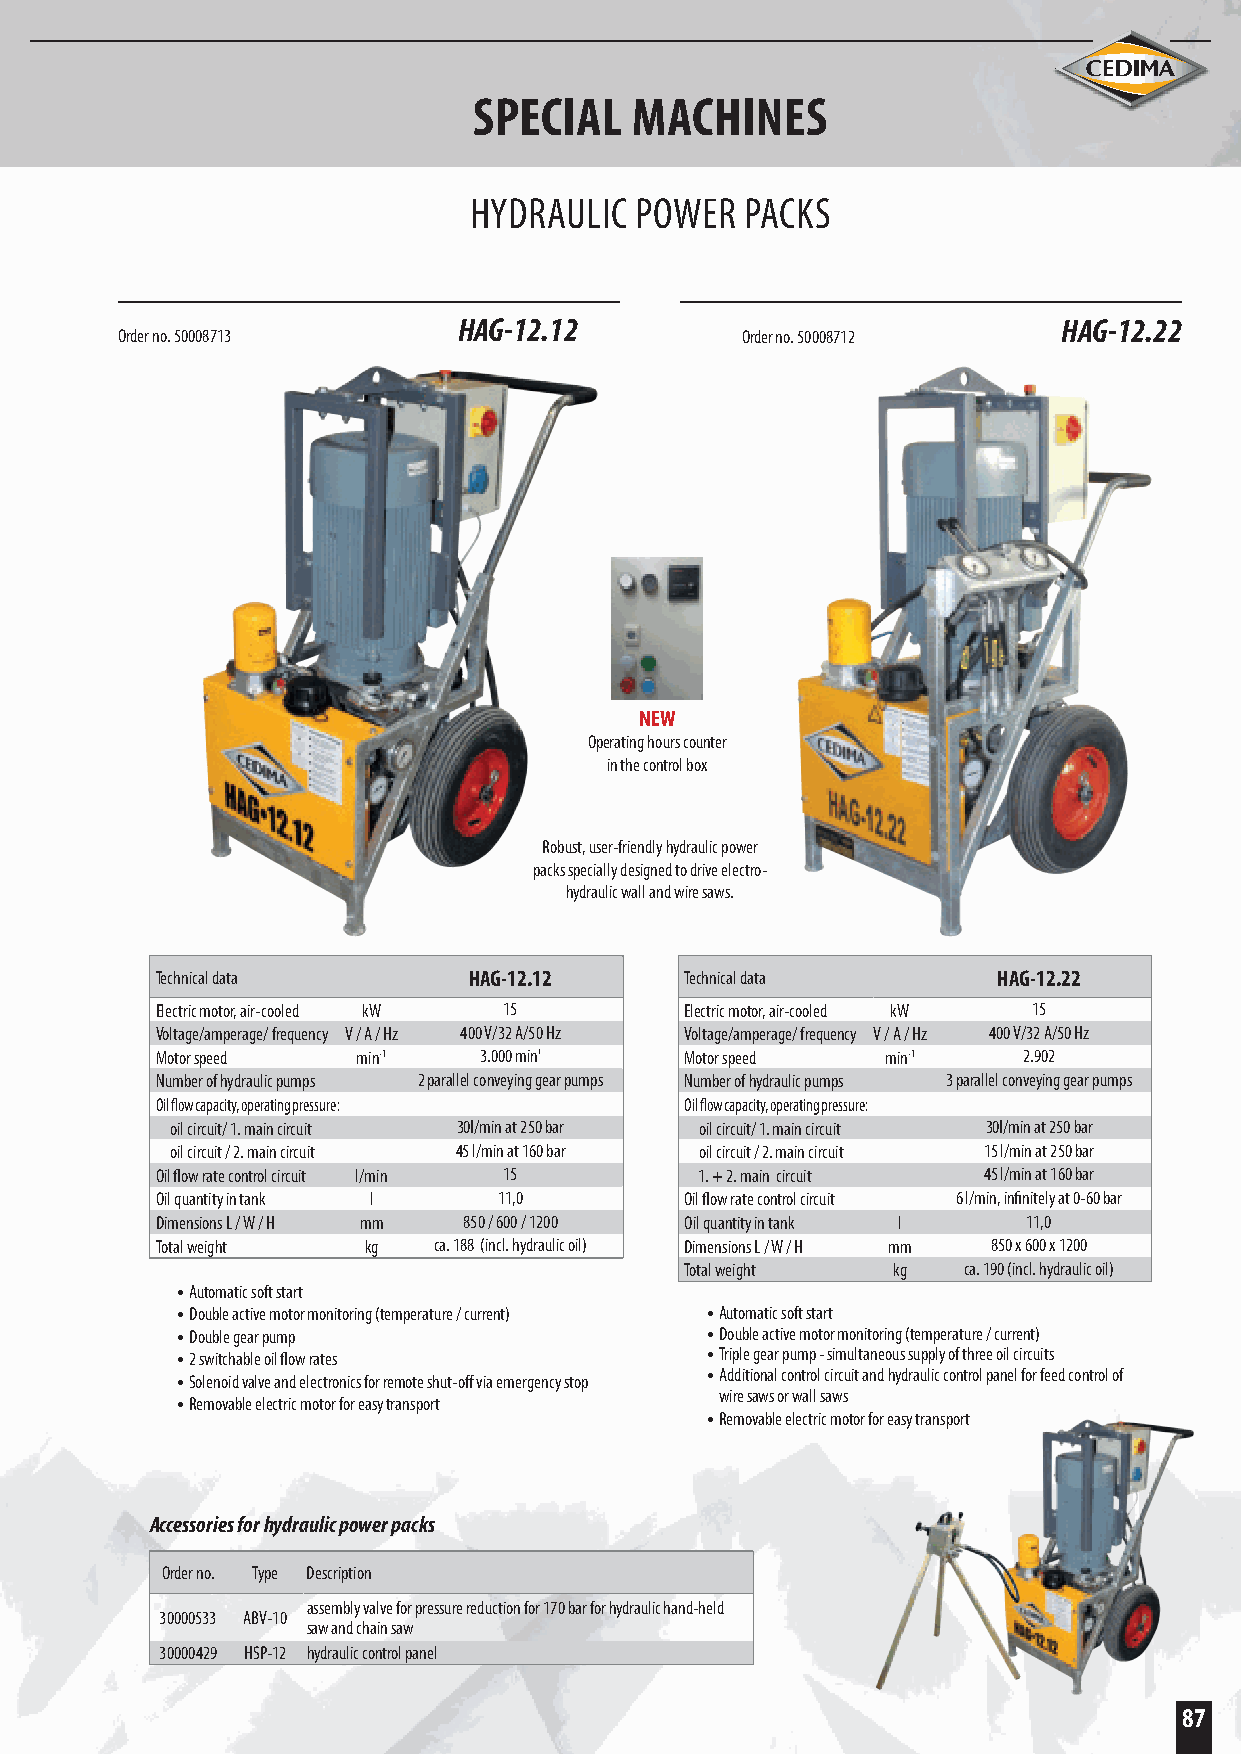
SPECIAL    MACHINES
 HYDRAULIC  POWER  PACKS
 HAG-12.12                               HAG-12.22
 Order no. 50008713                       Order no. 50008712
 NEW
 Operating hours counter
 in the control box
 Robust, user-friendly hydraulic power
 packs specially designed to drive electro-
 hydraulic wall and wire saws.
 Technical data       HAG-12.12     Technical data       HAG-12.22
 Electric motor, air-cooled kW 15   Electric motor, air-cooled kW 15
 Voltage/amperage/ frequency V / A / Hz 400 V/32 A/50 Hz Voltage/amperage/ frequency V / A / Hz 400 V/32 A/50 Hz
 Motor speed   min-1   3.000 min'   Motor speed   min-1    2.902
 Number of hydraulic pumps 2 parallel conveying gear pumps Number of hydraulic pumps 3 parallel conveying gear pumps
 Oil flow capacity, operating pressure: Oil flow capacity, operating pressure:
 oil circuit/ 1. main circuit 30I/min at 250 bar oil circuit/ 1. main circuit 30I/min at 250 bar
 oil circuit / 2. main circuit 45 l/min at 160 bar oil circuit / 2. main circuit 15 l/min at 250 bar
 Oil flow rate control circuit l/min 15 1. + 2. main circuit 45 l/min at 160 bar
 Oil quantity in tank l 11,0        Oil flow rate control circuit 6 l/min, infinitely at 0-60 bar
 Dimensions L / W / H mm 850 / 600 / 1200 Oil quantity in tank l 11,0
 Total weight  kg   ca. 188 (incl. hydraulic oil) Dimensions L / W / H mm 850 x 600 x 1200
 Total weight  kg   ca. 190 (incl. hydraulic oil)
 • Automatic soft start
 • Double active motor monitoring (temperature / current) • Automatic soft start
 • Double gear pump                 • Double active motor monitoring (temperature / current)
 • 2 switchable oil flow rates      • Triple gear pump - simultaneous supply of three oil circuits
 • Solenoid valve and electronics for remote shut-off via emergency stop • Additional control circuit and hydraulic control panel for feed control of
 • Removable electric motor for easy transport
 wire saws or wall saws
 • Removable electric motor for easy transport
 Accessories for hydraulic power packs
 Order no. Type Description
 assembly valve for pressure reduction for 170 bar for hydraulic hand-held
 30000533 ABV-10
 saw and chain saw
 30000429 HSP-12 hydraulic control panel
 87